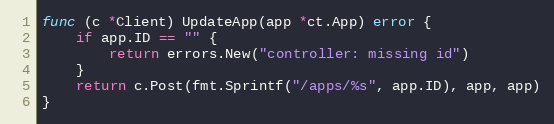
Language: Go
func (c *Client) UpdateApp(app *ct.App) error {
	if app.ID == "" {
		return errors.New("controller: missing id")
	}
	return c.Post(fmt.Sprintf("/apps/%s", app.ID), app, app)
}